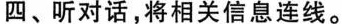
四、听对话，将相关信息连线。